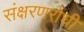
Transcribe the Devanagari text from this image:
संक्षरणरोधी